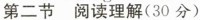
第二节 阅读理解（30分）